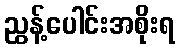
ညွန့်ပေါင်းအစိုးရ